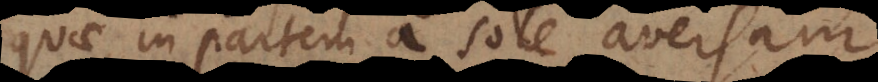
quae in partem a sole aversam